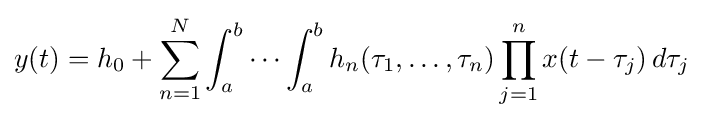
y(t)=h_{0}+\sum _{n=1}^{N}\int _{a}^{b}\cdots \int _{a}^{b}h_{n}(\tau _{1},\dots ,\tau _{n})\prod _{j=1}^{n}x(t-\tau _{j})\,d\tau _{j}